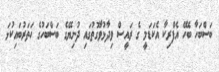
ބަސްބަހާ ބެހޭ އެފްރިކާ އެކަޑަމީ ގެ ރައީސް ވިދާޅުވާގޮތުގައި ދުނިޔޭގެ ބަސްބަހުގެ ހަތަރުބައިކުޅަ